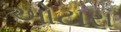
ઓટારા